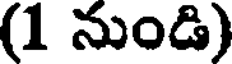
(1 నుండి)